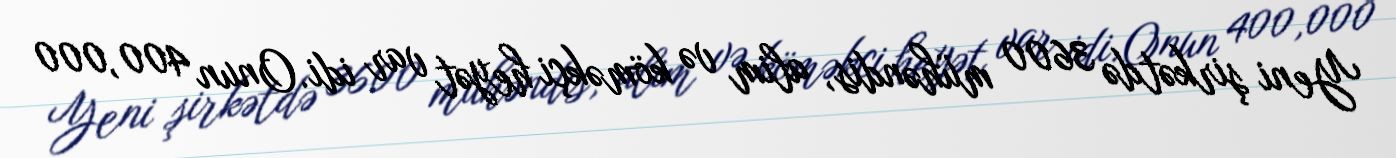
Yeni şirkətdə 3600 mühəndis, alim və köməkçi heyət var idi. Onun 400,000